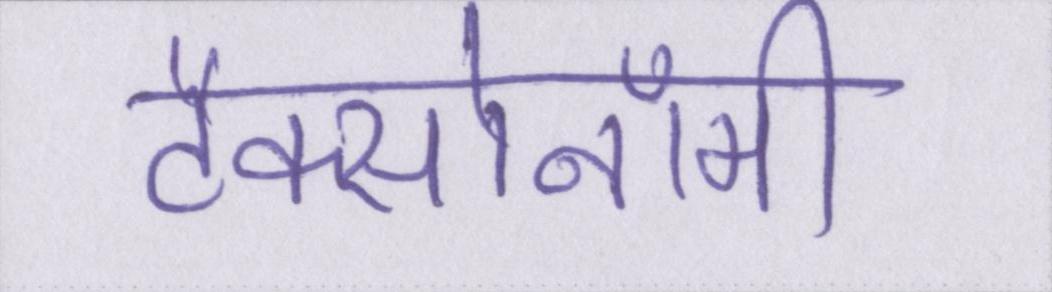
टैक्सोनॉमी